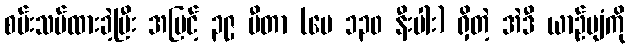
စမ်းသပ်ထားခဲ့ပြီး အမြင့် ၃၉ မီတာ (ပေ ၁၃၀ နီးပါး) ရှိတဲ့ အဲဒီ ယာဉ်ပျံကို